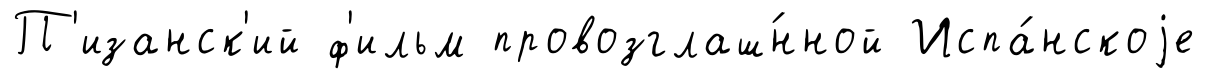
П'изанск'ий ф'ильм провозглаш́нной Испа́нскоjе